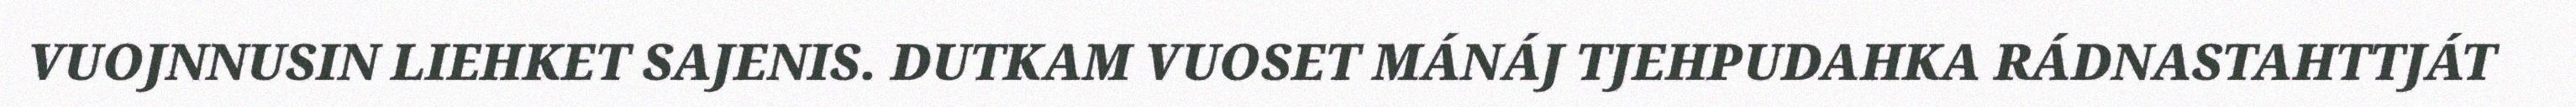
VUOJNNUSIN LIEHKET SAJENIS. DUTKAM VUOSET MÁNÁJ TJEHPUDAHKA RÁDNASTAHTTJÁT